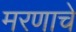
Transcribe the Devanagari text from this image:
मरणाचे